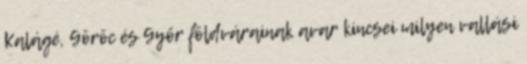
Kalágé, Göröc és Győr földvárainak avar kincsei milyen vallási